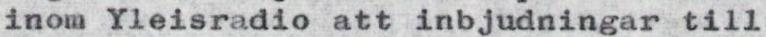
inom Yleisradio att inbjudningar till